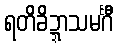
ရတိခိဍ္ဍာသမင်္ဂီ